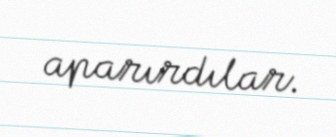
aparırdılar.